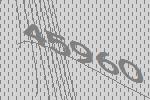
45960